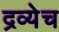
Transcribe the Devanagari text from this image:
द्रव्येच